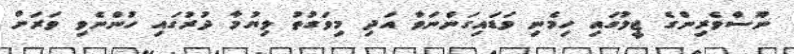
ނޫސްވެރިންގެ ޖީލުގައި ހިމެނި ވަޑައިގަންނަވާ އަދި މިވަގުތު ލިޔުމާ ދުރުގައި ހުންނެވި ވަރަށް